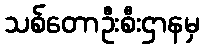
သစ်တောဦးစီးဌာနမှ